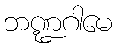
ဘဏ္ဍဂါမေ